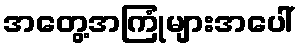
အတွေ့အကြုံများအပေါ်